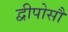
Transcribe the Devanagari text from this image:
द्वीपोसौ